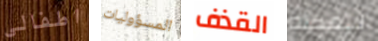
اطفالي المسؤوليات القذف لايمكنه